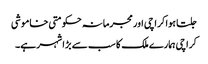
جلتا ہوا کراچی اور مجرمانہ حکومتی خاموشی
کراچی ہمارے ملک کا سب سے بڑا شہر ہے۔